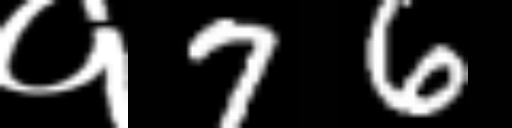
Text: १76